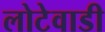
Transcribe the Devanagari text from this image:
लोटेवाडी